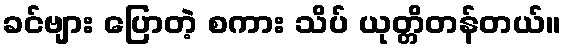
ခင်ဗျား ပြောတဲ့ စကား သိပ် ယုတ္တိတန်တယ်။